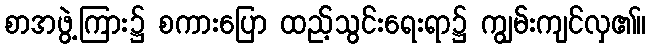
စာအဖွဲ့ကြား၌ စကားပြော ထည့်သွင်းရေးရာ၌ ကျွမ်းကျင်လှ၏။